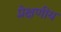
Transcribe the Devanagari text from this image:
प्रे़क्षणीय